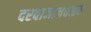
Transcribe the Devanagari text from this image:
दरवाजाजवळच